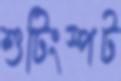
শুটিংস্পট